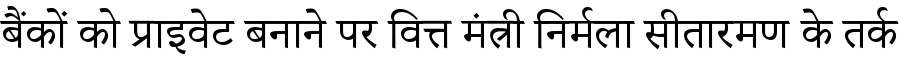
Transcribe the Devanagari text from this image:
बैंकों को प्राइवेट बनाने पर वित्त मंत्री निर्मला सीतारमण के तर्क